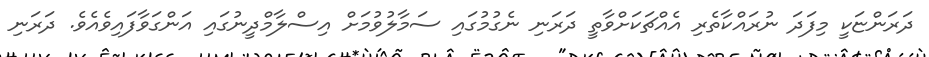
ދަރަންޏަކީ މިފަދަ ނުރައްކާތެރި އެއްޗަކަށްވާތީ ދަރަނި ނެގުމުގައި ސަމާލުވުމަށް އިސްލާމްދީނުގައި އަންގަވާފައިވެއެވެ. ދަރަނި